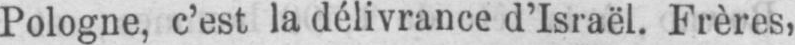
Pologne, c’est la délivrance d’Israël. Frères,